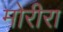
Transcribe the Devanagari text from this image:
मोरीरा